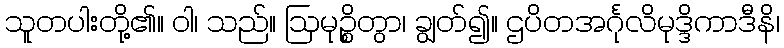
သူတပါးတို့၏။ ဝါ၊ သည်။ ဩမုဉ္စိတွာ၊ ချွတ်၍။ ဌပိတအင်္ဂုလိမုဒ္ဒိကာဒီနိ၊